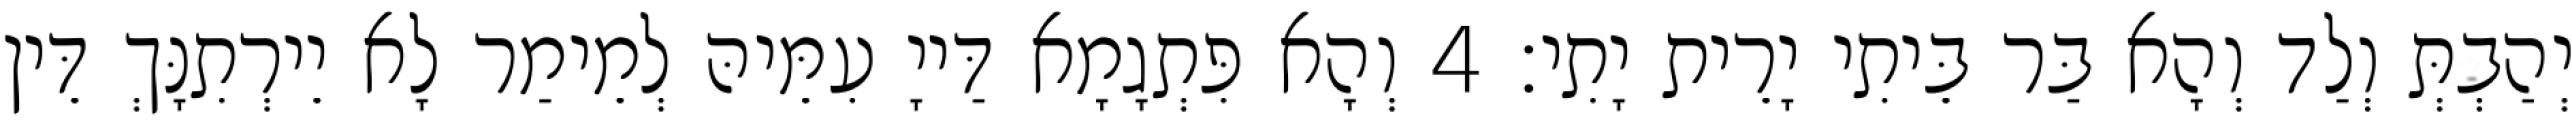
יְהַבְתְּ וְלַד וְהָא בַּר בֵּיתִי יָרֵית יָתִי׃ 4 וְהָא פִּתְגָמָא דַּייָ עִמֵּיהּ לְמֵימַר לָא יֵירְתִנָּךְ דֵּין